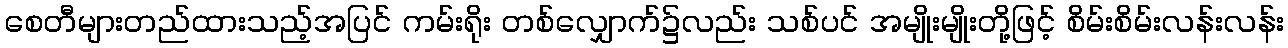
စေတီများတည်ထားသည့်အပြင် ကမ်းရိုး တစ်လျှောက်၌လည်း သစ်ပင် အမျိုးမျိုးတို့ဖြင့် စိမ်းစိမ်းလန်းလန်း